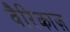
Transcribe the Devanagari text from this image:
वैरिकाज़